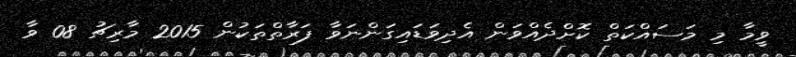
ވީމާ މި މަސައްކަތް ކޮށްދެއްވަން އެދިވަޑައިގަންނަވާ ފަރާތްތަކުން 2015 މާރިޗު 08 ވާ